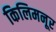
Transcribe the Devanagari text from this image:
किलिमनूर